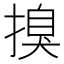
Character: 搝